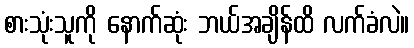
စားသုံးသူကို နောက်ဆုံး ဘယ်အချိန်ထိ လက်ခံလဲ။